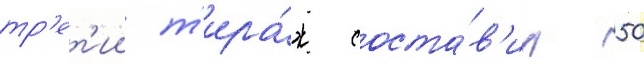
тр'ет'ии т'ира́ж соста́в'ил 50